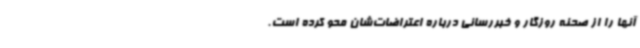
آنها را از صحنه روزگار و خبررسانی درباره اعتراضات‌شان محو کرده است.